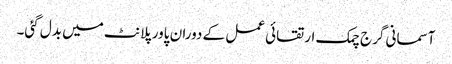
آسمانی گرج چمک ارتقائی عمل کے دوران پاور پلانٹ میں بدل گئی۔